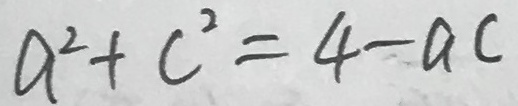
a ^ { 2 } + c ^ { 2 } = 4 - a c